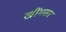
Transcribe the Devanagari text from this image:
खींमसर